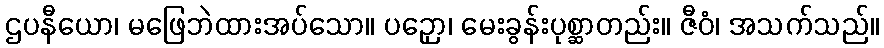
ဌပနီယော၊ မဖြေဘဲထားအပ်သော။ ပဉှော၊ မေးခွန်းပုစ္ဆာတည်း။ ဇီဝံ၊ အသက်သည်။